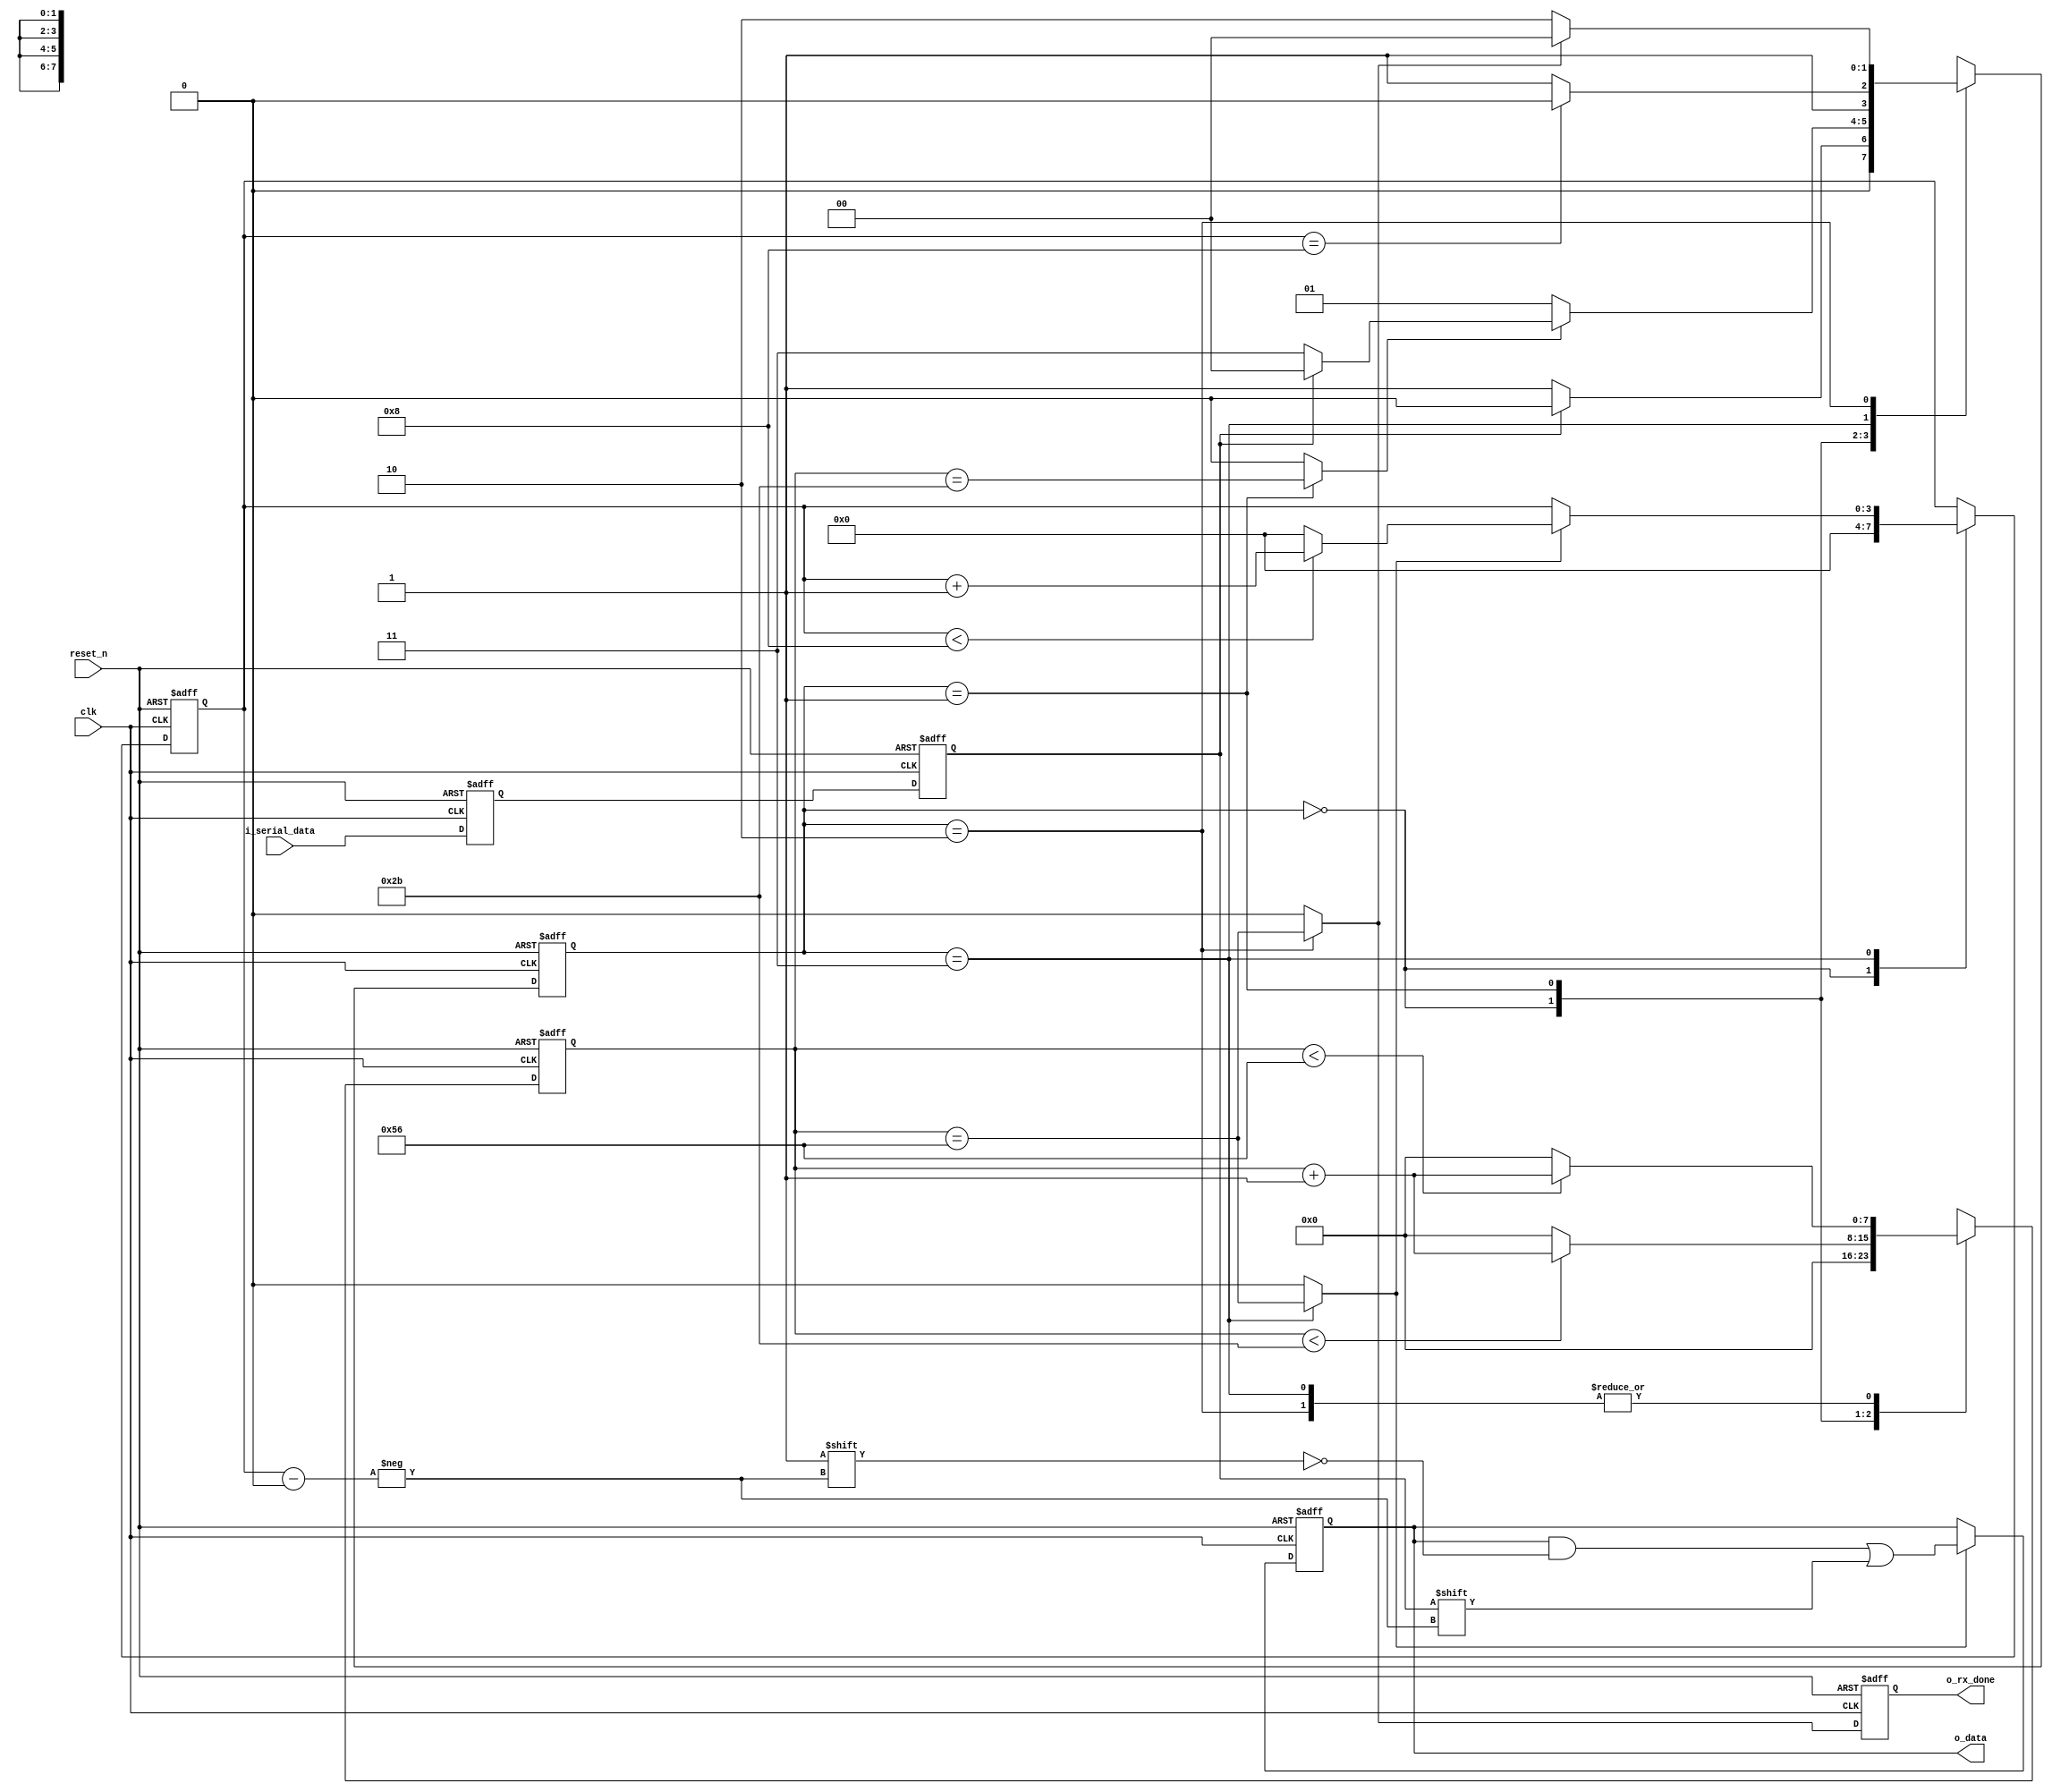
////////////////////////////////////////////////////////////////////////
//  UART receiver
//
//  o_rx_done set 1 for 1 cycle when all bits are received
//  async active low reset_n
////////////////////////////////////////////////////////////////////////

module uart_rx #(
    parameter BIT_RATE =        115200,         // bit rate in bit/s
    parameter CLK_FREQ =        10_000_000,     // clock frequency in Hz
    parameter PAYLOAD_BITS =    8               // number of bits to be transmitted
) ( 
    input                           clk,
    input                           reset_n,
    input                           i_serial_data,
    output  reg                     o_rx_done,
    output  reg [PAYLOAD_BITS-1:0]  o_data
);

    localparam CLKS_PER_BIT =   CLK_FREQ / BIT_RATE;          // clocks per bit (CPB)
    localparam CLK_CNTER_BW =   $clog2(CLKS_PER_BIT) + 1;     // bit width for clk_cnter
    localparam BIT_CNTER_BW =   $clog2(PAYLOAD_BITS) + 1;     // bit width for bit_cnter

    // fsm states
    localparam IDLE =       2'b00;
    localparam START_BIT =  2'b01;
    localparam DATA_BITS =  2'b11;
    localparam STOP_BIT =   2'b10;

    reg     [CLK_CNTER_BW-1:0]  r_clk_cnter;  // counting clk edges
    reg     [BIT_CNTER_BW-1:0]  r_bit_cnter;  // counting bits transmitted
    
    // synchronizer
    reg r_serial_data_0;
    reg r_serial_data;

    reg [1:0]  r_state;
    reg [1:0]  r_next_state;

    reg start_bit_mid;  // are we at the middle of the start bit?
    reg data_bit_mid;   // are we at the middle of a data bit?
    reg stop_bit_mid;   // are we at the middle of the stop bit?

    // fsm next state logic
    always @ (*) begin
        r_next_state = IDLE;
        case (r_state)

            IDLE: if (r_serial_data == 1'b0) begin 
                r_next_state = START_BIT;   // data bit low detected, go to START_BIT
            end else begin
                r_next_state = IDLE;
            end

            START_BIT: if (start_bit_mid == 1'b1) begin
                // check if r_serial_data is still 1'b0; if not, treat as noise and return to IDLE
                if (r_serial_data == 1'b0) begin
                    r_next_state = DATA_BITS;
                end else begin
                    r_next_state = IDLE;
                end
            end else begin
                r_next_state = START_BIT;
            end

            DATA_BITS: if (r_bit_cnter == PAYLOAD_BITS) begin
                r_next_state = STOP_BIT;    // all bits are transmitted, go to STOP_BIT
            end else begin
                r_next_state = DATA_BITS;
            end

            STOP_BIT: begin
                if (stop_bit_mid == 1'b1) begin
                    r_next_state = IDLE;    // we are at the middle of stop bit, transmission completed
                end else begin
                    r_next_state = STOP_BIT;
                end
            end 

        endcase
    end

    // fsm output logic
    always @ (*) begin
        start_bit_mid = 1'b0;
        data_bit_mid =  1'b0;
        stop_bit_mid =  1'b0;
        case (r_state)

            START_BIT: begin
                start_bit_mid = r_clk_cnter == CLKS_PER_BIT / 2;
            end

            DATA_BITS: begin
                data_bit_mid =  r_clk_cnter == CLKS_PER_BIT;
            end

            STOP_BIT: begin
                stop_bit_mid =  r_clk_cnter == CLKS_PER_BIT;
            end

        endcase
    end

    always @ (posedge clk or negedge reset_n) begin
        if (~reset_n) begin
            r_state <= IDLE;
        end else begin
            r_state <= r_next_state;
        end
    end

    // input serial data synchronized to clk domain
    always @ (posedge clk or negedge reset_n) begin
        if (~reset_n) begin
            r_serial_data_0 <= 1'b0;
            r_serial_data <= 1'b0;
        end else begin
            r_serial_data_0 <= i_serial_data;
            r_serial_data <= r_serial_data_0;
        end
    end

    // grab data bit when in middle of data bit
    always @ (posedge clk or negedge reset_n) begin
        if (~reset_n) begin
            o_data <= {PAYLOAD_BITS{1'b0}};
        end else if (data_bit_mid == 1'b1) begin
            o_data[r_bit_cnter] <= r_serial_data;
        end
    end

    // r_clk_cnter and r_bit_cnter control
    always @ (posedge clk or negedge reset_n) begin
        if (~reset_n) begin
            r_clk_cnter <= {CLK_CNTER_BW{1'b0}};
            r_bit_cnter <= {BIT_CNTER_BW{1'b0}};
        end else begin
            case (r_state)

                IDLE: begin
                    // disable counters when in IDLE
                    r_clk_cnter <= {CLK_CNTER_BW{1'b0}};
                    r_bit_cnter <= {BIT_CNTER_BW{1'b0}};
                end

                // r_clk_cnter counting from 0 to CLKS_PER_BIT / 2
                START_BIT: if (r_clk_cnter < CLKS_PER_BIT / 2) begin
                    r_clk_cnter <= r_clk_cnter + 1'b1;
                end else begin
                    r_clk_cnter <= {CLK_CNTER_BW{1'b0}};
                end

                DATA_BITS: begin
                    // r_clk_cnter counting from 0 to CLKS_PER_BIT
                    if (r_clk_cnter < CLKS_PER_BIT) begin
                        r_clk_cnter <= r_clk_cnter + 1'b1;
                    end else begin
                        r_clk_cnter <= {CLK_CNTER_BW{1'b0}};
                    end
                    // at the middle of each data bit, r_bit_cnter adds 1. until PAYLOAD_BITS
                    if (data_bit_mid == 1'b1) begin
                        if (r_bit_cnter < PAYLOAD_BITS) begin
                            r_bit_cnter <= r_bit_cnter + 1'b1;
                        end else begin
                            r_bit_cnter <= {BIT_CNTER_BW{1'b0}};
                        end
                    end
                end

                // r_clk_cnter counting from 0 to CLKS_PER_BIT
                STOP_BIT: if (r_clk_cnter < CLKS_PER_BIT) begin
                    r_clk_cnter <= r_clk_cnter + 1'b1;
                end else begin
                    r_clk_cnter <= {CLK_CNTER_BW{1'b0}};
                end

            endcase
        end
    end

    // when at the middle of stop bit, rx done
    always @ (posedge clk or negedge reset_n) begin
        if (~reset_n) begin
            o_rx_done <= 1'b0;
        end else begin
            o_rx_done <= stop_bit_mid;
        end
    end

endmodule